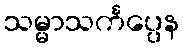
သမ္မာသင်္ကပ္ပေန